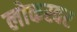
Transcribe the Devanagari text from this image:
लोकस्वर